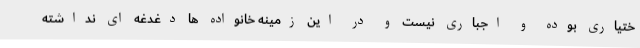
ختیاری بوده و اجباری نیست و در این زمینه خانواده ها دغدغه ای نداشته